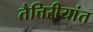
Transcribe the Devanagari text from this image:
तैत्तिरीयांत